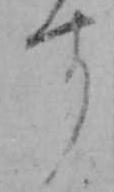
す